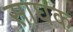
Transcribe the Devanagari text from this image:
साघक